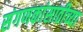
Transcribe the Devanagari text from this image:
संगणकांसाठीच्या